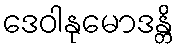
ဒေဝါနုမောဒန္တိ